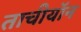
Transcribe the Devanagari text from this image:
ताचीयॉन